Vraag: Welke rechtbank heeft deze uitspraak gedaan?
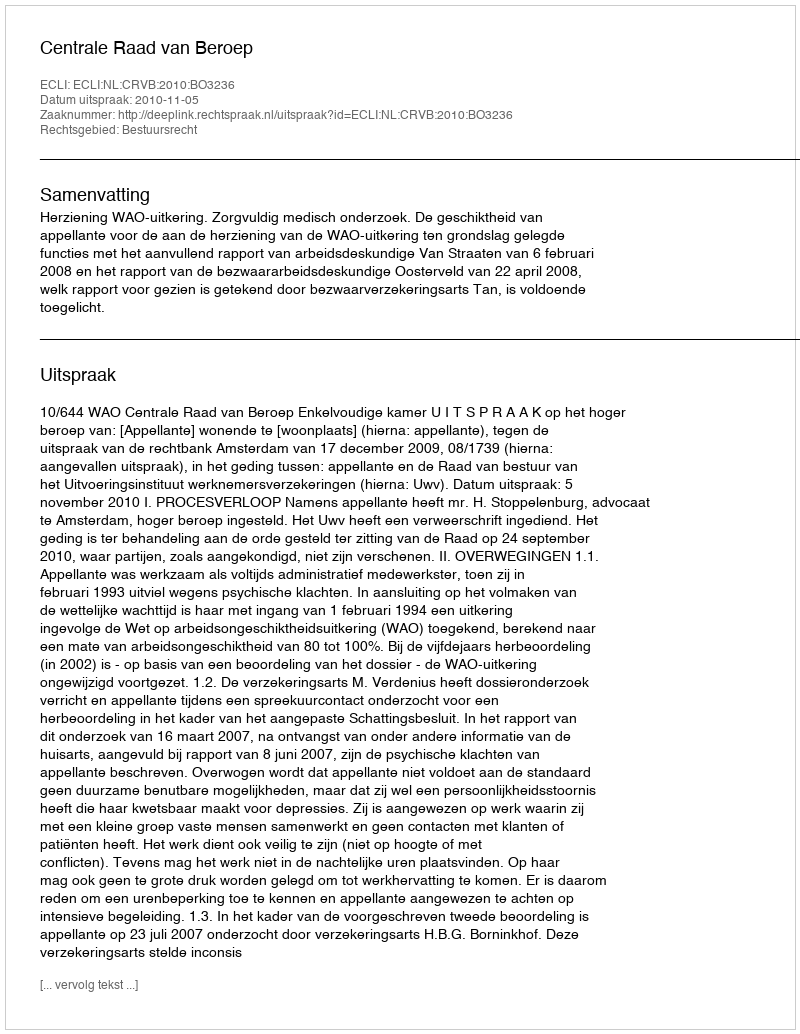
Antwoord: Centrale Raad van Beroep